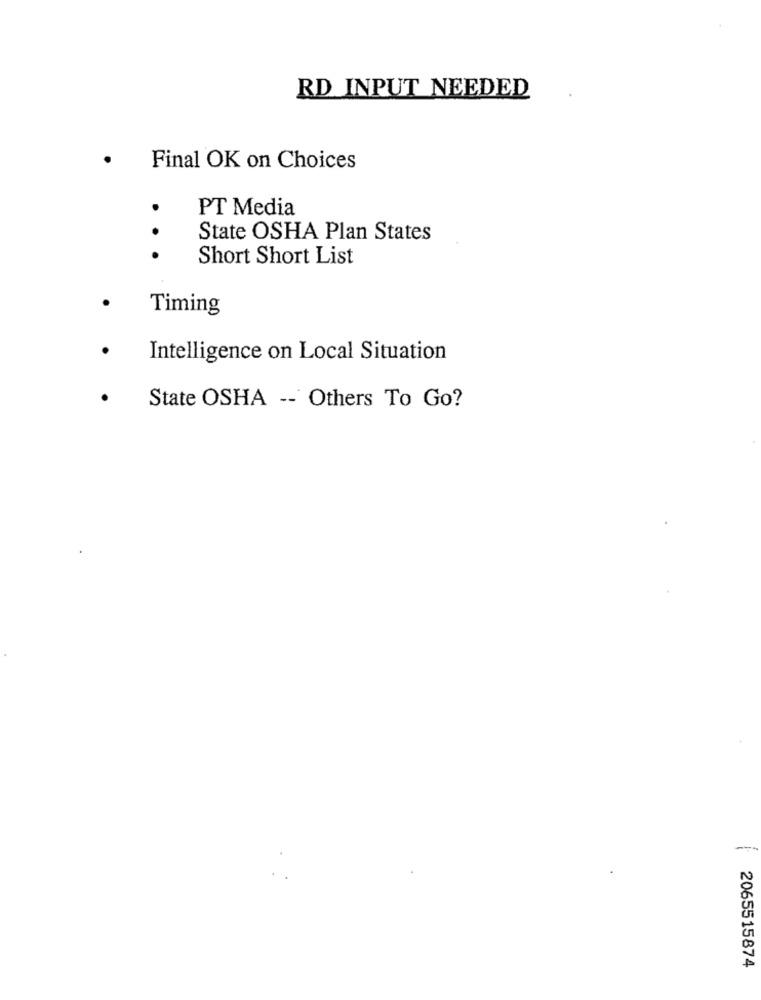
RD INPUT NEEDED
Final OK on Choices
PT Media
..
State OSHA Plan States
Short Short List
Timing
Intelligence on Local Situation
State OSHA -- Others To Go?
2065515874